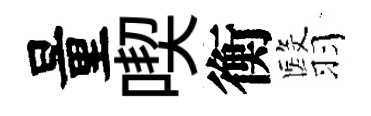
量喫衡翳